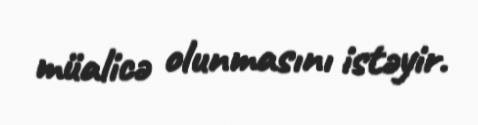
müalicə olunmasını istəyir.